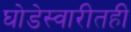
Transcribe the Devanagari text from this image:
घोडेस्वारीतही